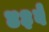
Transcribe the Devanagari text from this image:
४३वें